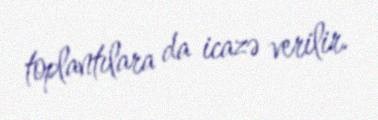
toplantılara da icazə verilir.